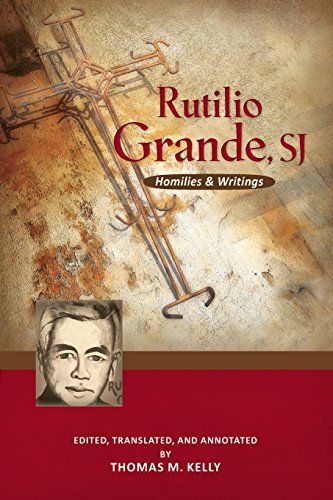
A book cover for Rutilio Grande, SJ: Homilies and Writings; Rutilio Grande SJ; Christian Books & Bibles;